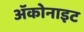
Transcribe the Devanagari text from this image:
ॲकोनाइट